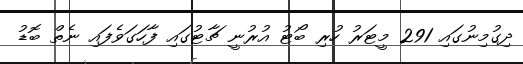
ދިގުމިނުގައި 291 މީޓަރު ހުރި ބޯޓު އުރުނީ ޗާޓުގައި ފާހަގަވެފައި ނެތް ބޮޑު